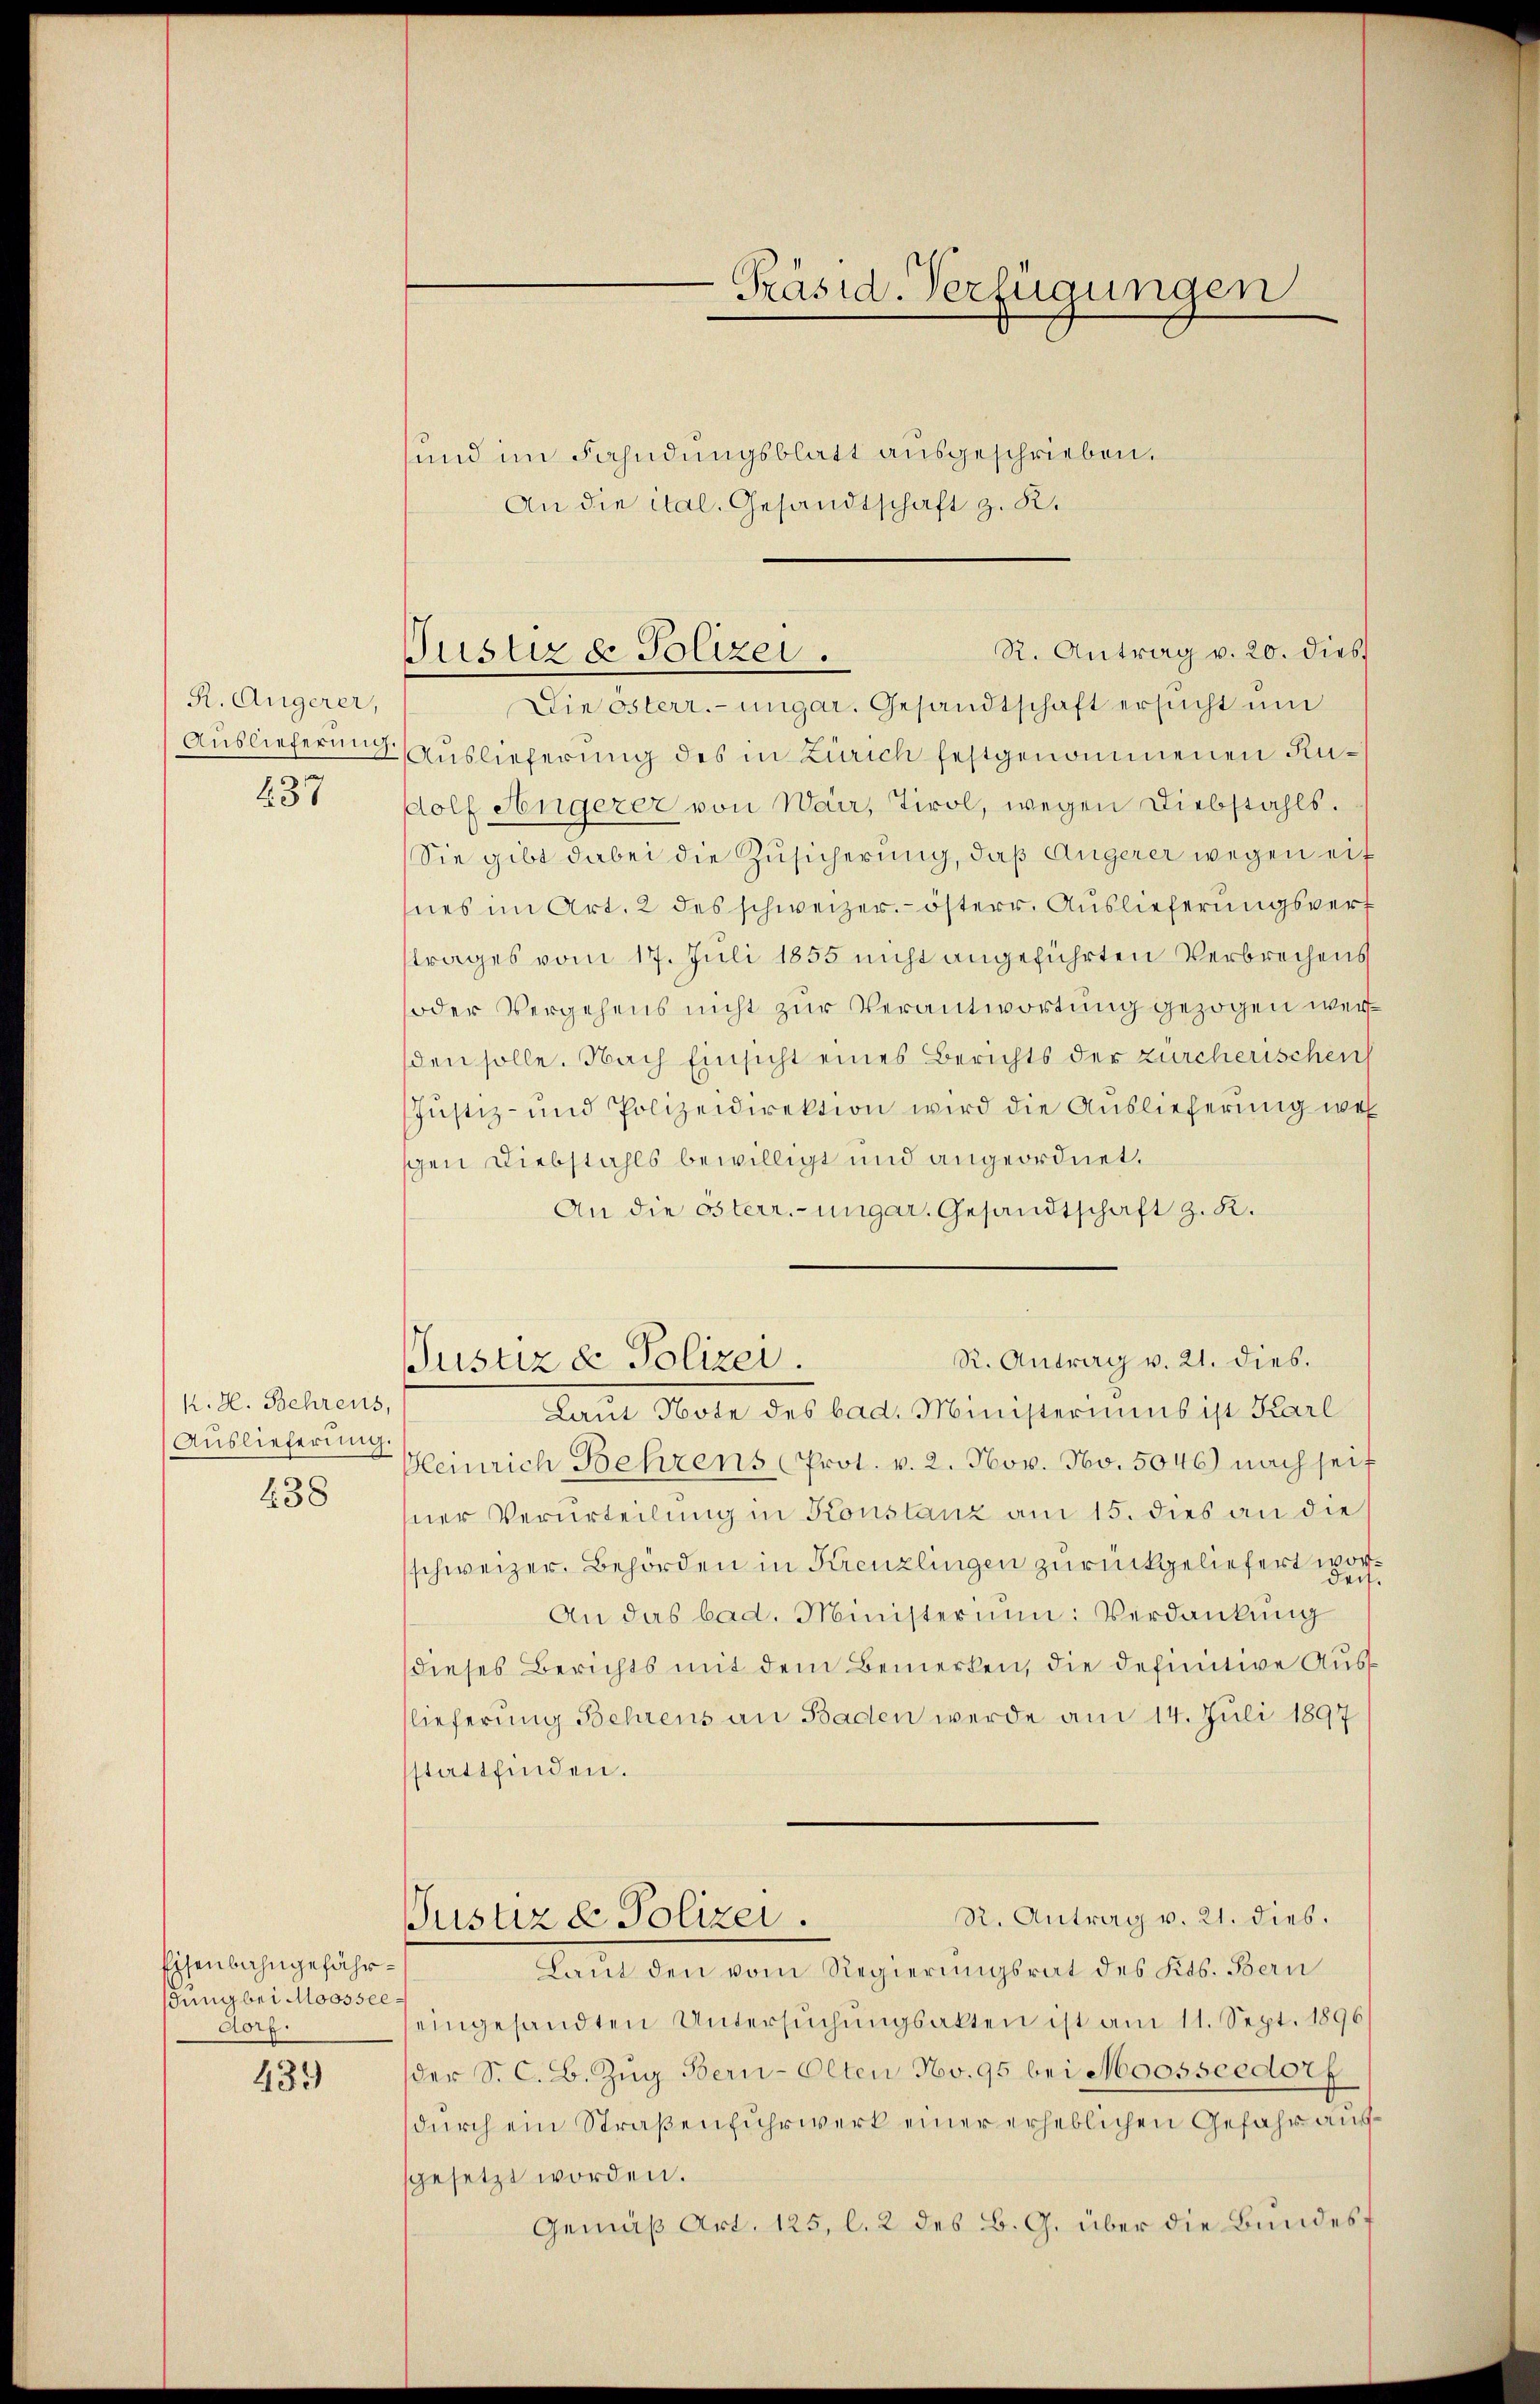
R. Äugerer,
437

K. H. Behrens,
Auslieferung

438

Eisenbahngefährsung bei Moossee¬
Aorg.

439

und im Fahndungsblatt ausgeschrieben.
An die ital. Gesandtschaft z. B.

Präsid-Verfügungen

Tustiz & Polizei.

R. Antrag v. 20. dies
Die österr.-ungar. Gesandtschaft ersucht um
Auslieferung Auslieferung des in Zürich festgenommenen Rudolf Angerer von Warr, Tirol, wegen Diebstahls.
Sie gibt dabei die Zusicherung, daß Angerer wegen eif
nes im Art. 2 des schweizer. österr. Auslieferungsverf
trages vom 17. Juli 1855 nicht angeführten Verbrechens
oder Vergehens nicht zur Verantwortung gezogen werden solle. Nach Einsicht eines Berichts der zürcherischen
Justiz- und Polizeidirektion wird die Auslieferung wel
gen Diebstahls bewilligt und angeordnet.
An die österr.-ungar. Gesandtschaft z. R.

R. Antrag v. 21. dies.
Justiz & Polizei.

Lan Note des bad. Ministeriums ist Karl
Kleinrich Behrens (Prot. v. 2. Nov. No. 5046) nach seit
ner Verurteilung in Konstanz am 15. dies an die
schweizer. Behörden in Kreuzlingen zurückgeliefert wor¬
An das bad. Ministerium. Verdankung
dieses Berichts mit dem Bemerken, die definitive Auslieferung Behrens an Baden werde am 14. Juli 1897
stattfinden.
R. Antrag v. 21. dies.
Justiz & Polizei.
Laut den vom Regierungsrat des Kts. Bern
eingesandten Untersŭchŭngsakten ist am 11. Sept. 1896/
der S. C. B. Zŭg Bern-Olten No. 95 bei Moosscedorf
durch ein Straßenfuhrwerk einer erheblichen Gefahr aussgesetzt worden.
Gemäß Art. 125, l. 2 des B. G. über die Bundesf